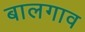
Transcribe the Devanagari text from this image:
बालगाव